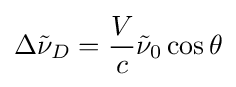
\Delta {\tilde {\nu }}_{D}={\frac {V}{c}}{\tilde {\nu }}_{0}\cos \theta